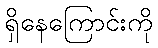
ရှိနေကြောင်းကို